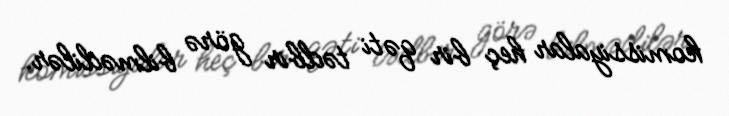
komissiyalar heç bir qəti tədbir görə bilmədilər.